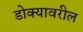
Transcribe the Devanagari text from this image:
डोक्‍यावरील